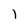
Character: 1